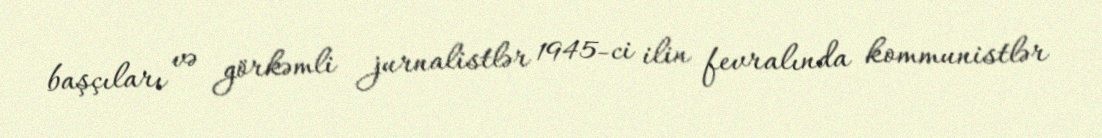
başçıları və görkəmli jurnalistlər 1945-ci ilin fevralında kommunistlər